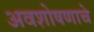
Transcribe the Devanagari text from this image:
अवशोषणाचे